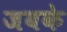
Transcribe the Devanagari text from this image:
जबके